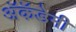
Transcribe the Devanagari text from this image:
अॅकॅडेमी